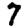
Digit: 7